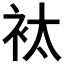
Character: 𧘹